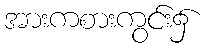
အားကစားကွင်း၌